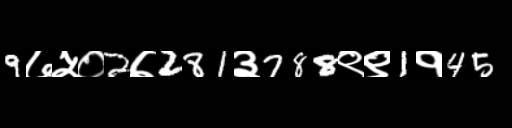
Text: 9७५०2७281३788९९1१45